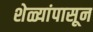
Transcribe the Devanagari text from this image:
शेळ्यांपासून